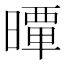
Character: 𣊢